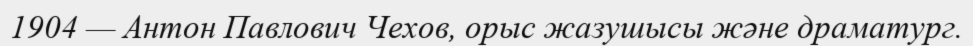
1904 — Антон Павлович Чехов, орыс жазушысы және драматург.